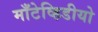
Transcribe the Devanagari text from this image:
माँटेव्हिडीयो